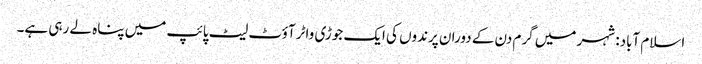
اسلام آباد: شہر میں گرم دن کے دوران پرندوں کی ایک جوڑی واٹر آؤٹ لیٹ پائپ میں پناہ لے رہی ہے۔